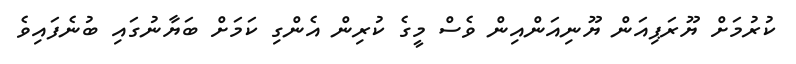
ކުރުމަށް ޔޫރަޕިއަން ޔޫނިއަންއިން ވެސް މީގެ ކުރިން އެންގި ކަމަށް ބަޔާނުގައި ބުނެފައިވެ